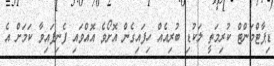
ޑިޕާޓްމަންޓް ކުރިމަތީ ލަކުޑި ބުރިއެއް ހިފައިގެން އޮށޯވެ އޮއްވައި ފެނިފައިވާ ކަމަށް އެ